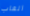
العاب